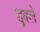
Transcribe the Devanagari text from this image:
शुक्ले